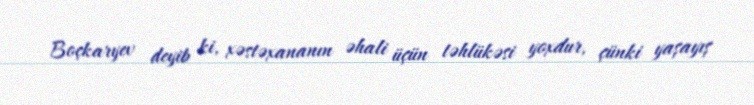
Boçkaryev deyib ki, xəstəxananın əhali üçün təhlükəsi yoxdur, çünki yaşayış